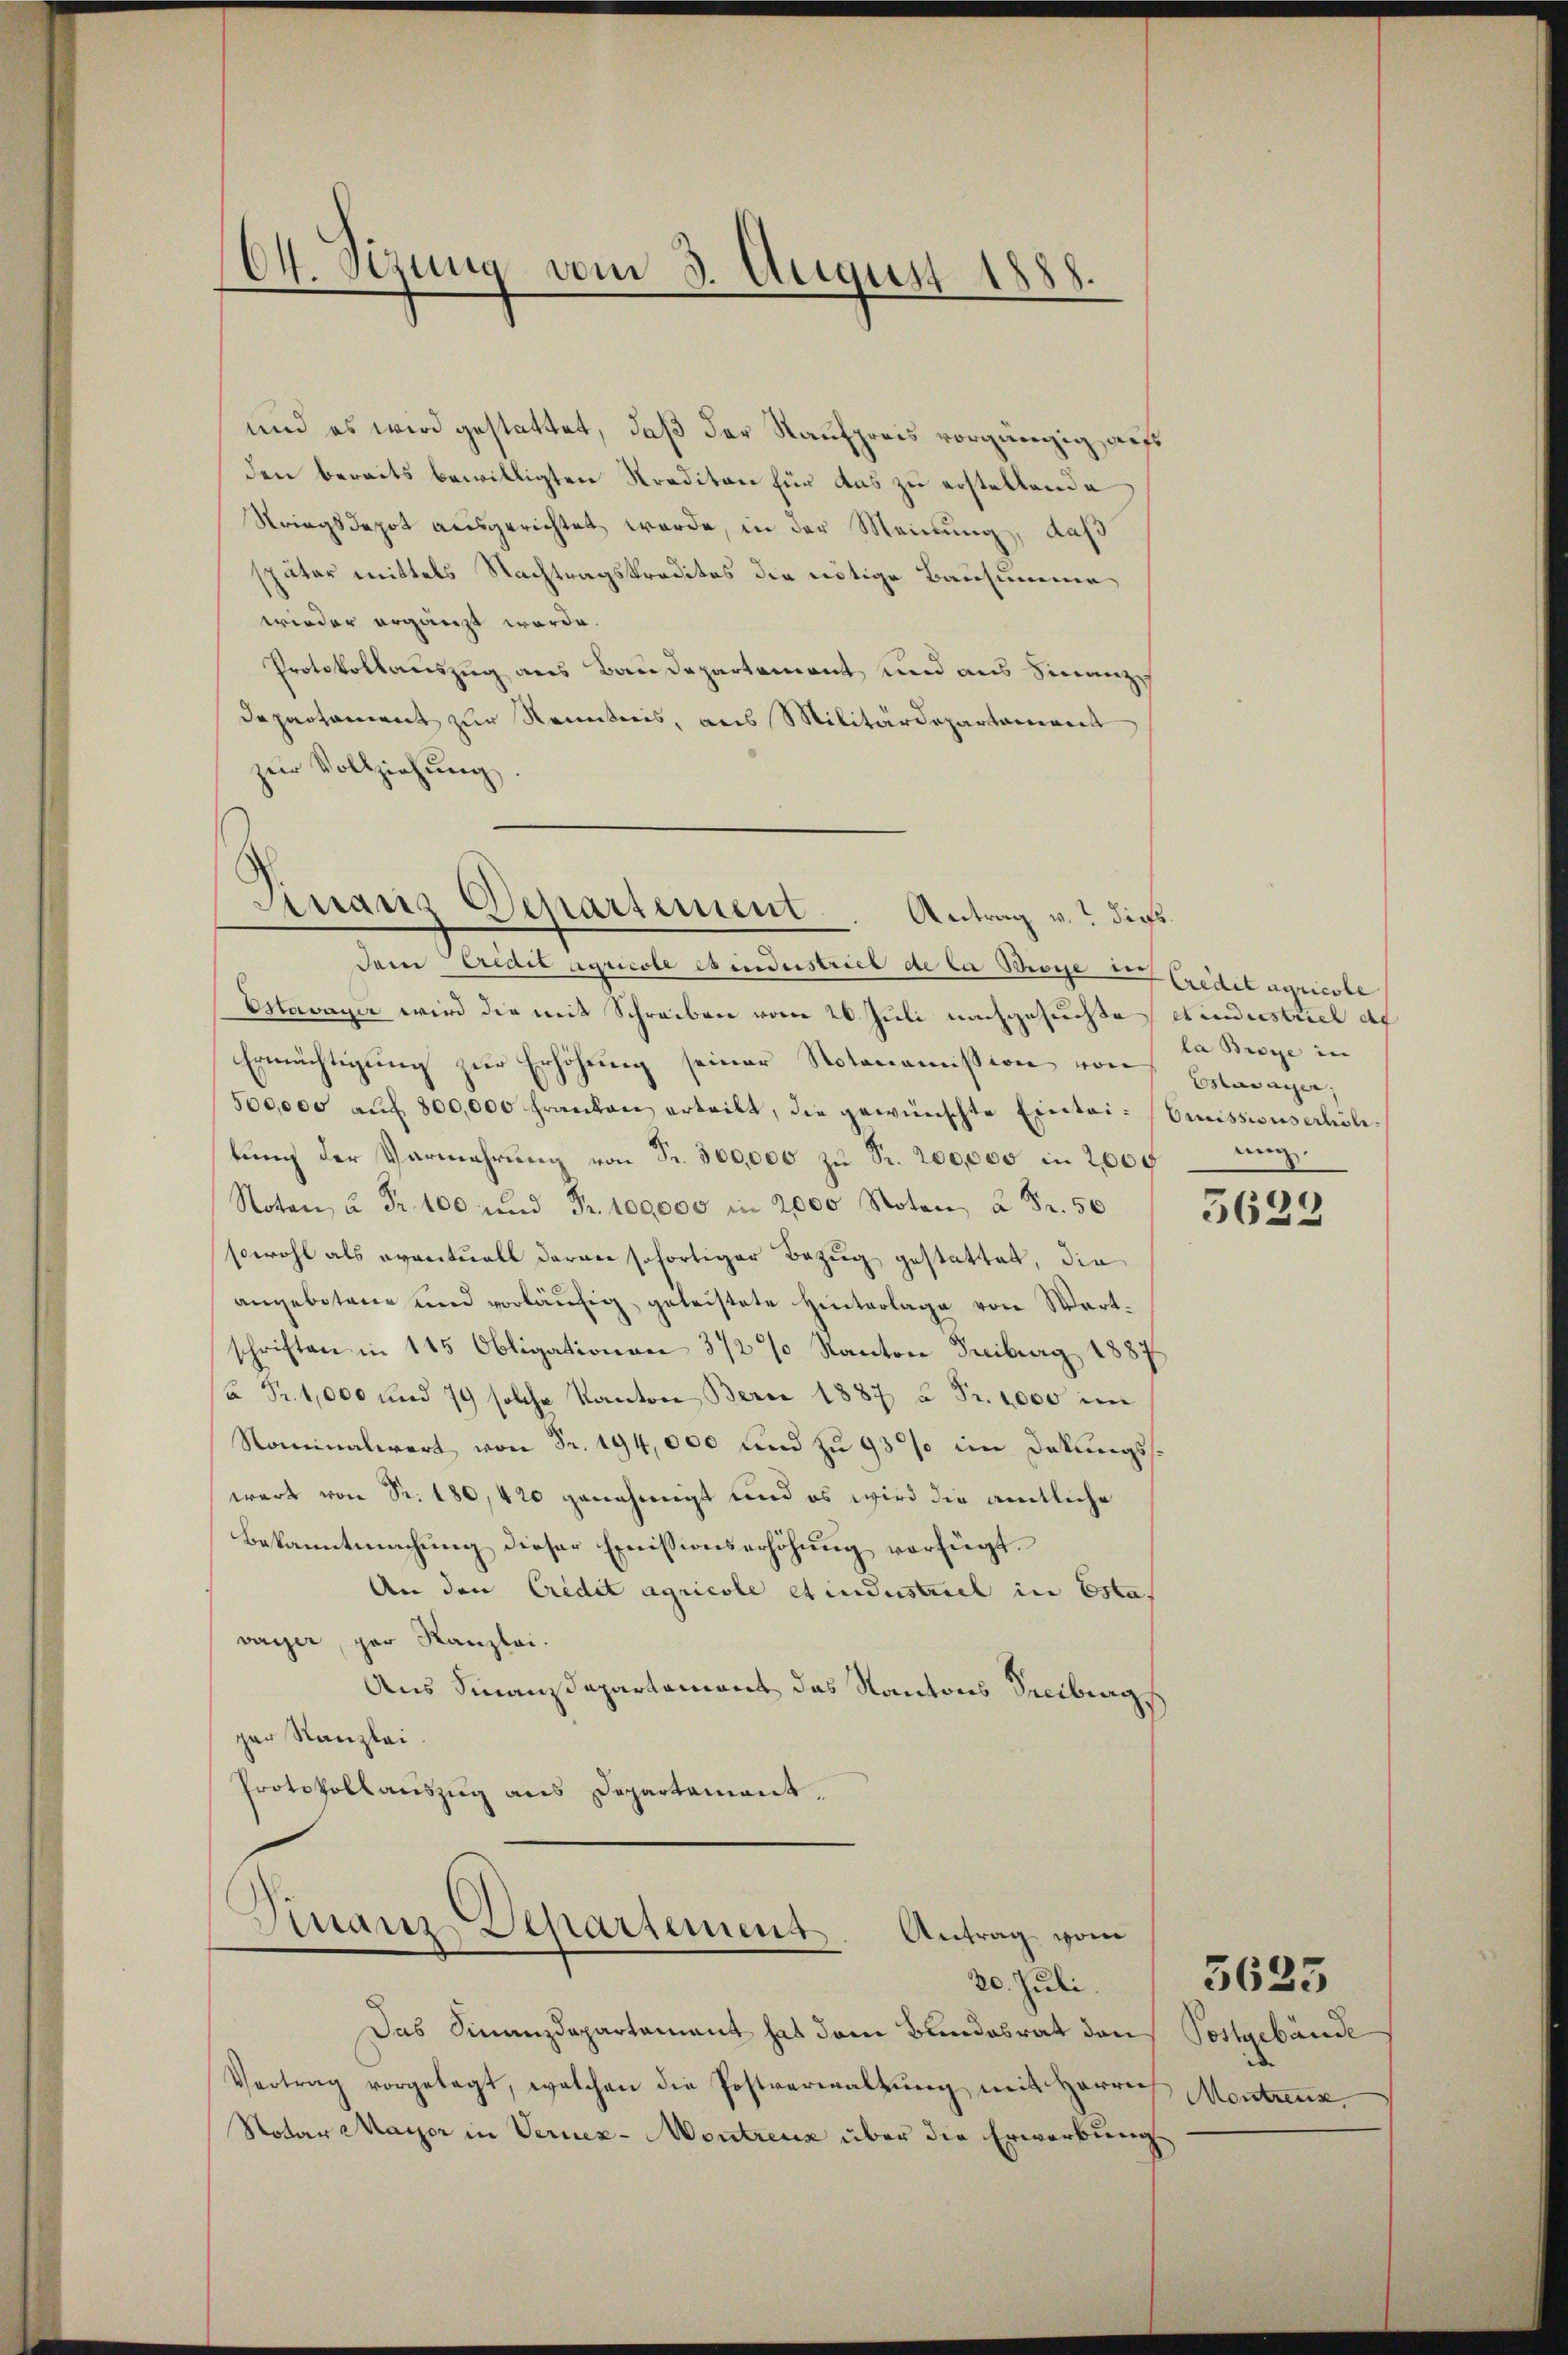
64. Sizung vom 3. August 1888.

und es wird gestattet, daß der Kaufpreis vorgängig, aus
den bereits bewilligten Krediton für das zu erstellende
Striegsdepot ausgerichtet werde, in der Meinung, daß
später mittels Nachtragskredites die nötige Bausumme
wieder ergänzt werde.
Protokollauszug aus Baudepartement und aus Finanz¬
Departament zur Renntnis, aus Militärdepartement
zur Vollziehung.
Finanz Departement. Antrag v. dieß

Finanz-Departement
Antrag vom
20. Juli.

dem Credit agricole es industriel de la Soie der Credit apreser
Estavayer wird die mit Schreiben vom 20. Juli nachgesuchte Kindestrich de
Ermächtigung zur Erhöhung seiner Notonomission von Haage,
500,000 aŭf 800,000 Franken erteilt, die gewünschte Eintri-Emissionserhölilŭng der Vermehrŭng von Fr. 300,000 zŭ Fr. 200,000 in 2000
Noten u. Fr. 100 und Fr. 100,000 in 2000 Noten à Fr. 50
sowohl als eventuell daran sofortiger Bezug gestattet, die
angebotene und vorläŭfig geleistete Hinterlage von Wartschriften in 145 Obligationen 372% Kanton Freiburg 1887
à Fr. 1,000 und 79 solche Kanton Berne 1887 u. Fr. 1000 im
Nominalwert von Fr. 194,000 und zu 93% im Dokungsswart von Sr. 180, 420 genehmigt und es wird die amtliche
Bekanntmachung dieser Ernissionserhöhung verfügt.
An den Credit agricole et industriel in Esta
vayer, par Kanzlei.
Aus Finanzdepartement das Kantons Secibrag
ger Kanzlei
Protokollauszug aus Departement,

Das Finanzdepartement hat dem Bundesrat den
Vertrag vorgelegt, welchen die Postverwaltung mit Herrn Montreux,
Notar Mayer in Vernez-Montrenz über die Erwerbungs

la Bröse in |
ung.

5623

Postgebäude

3635